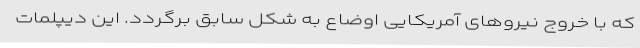
که با خروج نیروهای آمریکایی اوضاع به شکل سابق برگردد. این دیپلمات